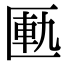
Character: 匭